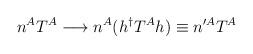
LaTeX: \begin{align*}n^{A}T^{A} \longrightarrow n^{A}(h^{\dagger}T^{A}h)\equiv n^{\prime A}T^{A}\end{align*}